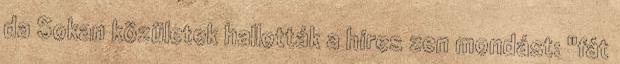
da Sokan közületek hallották a híres zen mondást: "fát